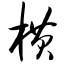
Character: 横